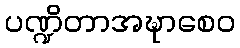
ပဏ္ဍိတာအဍ္ဎာစေဝ